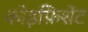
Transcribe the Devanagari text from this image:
कोइफ़िशेंट